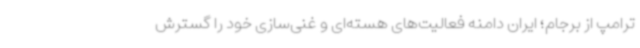
ترامپ از برجام؛ ایران دامنه فعالیت‌های هسته‌ای و غنی‌سازی خود را گسترش